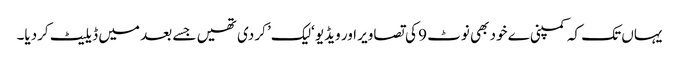
یہاں تک کہ کمپنی ے خود بھی نوٹ 9 کی تصاویر اور ویڈیو ‘لیک’ کر دی تھیں جسے بعد میں ڈیلیٹ کردیا۔